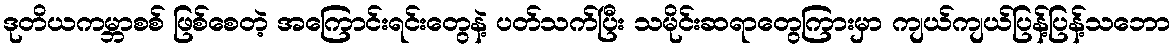
ဒုတိယကမ္ဘာစစ် ဖြစ်စေတဲ့ အကြောင်းရင်းတွေနဲ့ ပတ်သက်ပြီး သမိုင်းဆရာတွေကြားမှာ ကျယ်ကျယ်ပြန့်ပြန့်သဘော